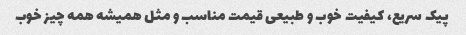
پیک سریع، کیفیت خوب و طبیعی قیمت مناسب و مثل همیشه همه چیز خوب